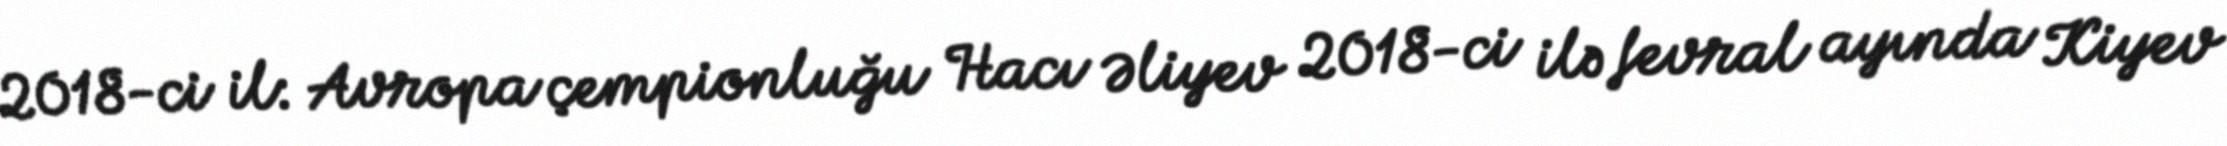
2018-ci il: Avropa çempionluğu Hacı Əliyev 2018-ci ilə fevral ayında Kiyev